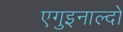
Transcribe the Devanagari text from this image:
एगुइनाल्दो